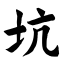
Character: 坑